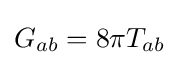
G_{ab}=8\pi T_{ab}